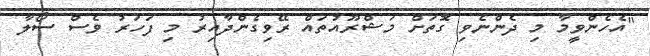
"އެހެންވީމާ މި ދެންނެވި ގޮތަށް މަޝްރޫއުތައް ރޭވިގެންދާއިރު މި ފަހަރު ވެސް ސޯލާ